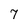
Character: 7